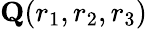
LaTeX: \mathbf{Q}(r_{1},r_{2},r_{3})